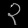
Digit: ၃